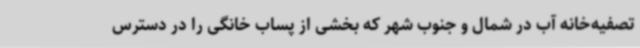
تصفیه‌خانه آب در شمال و جنوب شهر که بخشی از پساب خانگی را در دسترس